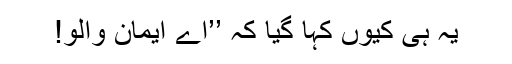
یہ ہی کیوں کہا گیا کہ ’’اے ایمان والو!